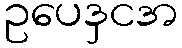
ဥပေဒှငအ